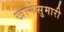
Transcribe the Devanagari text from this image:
खानेसुमारी